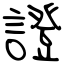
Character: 證